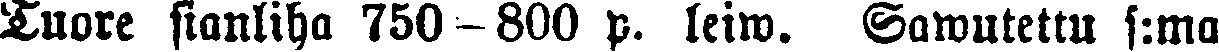
Tuore sianliha 750-800 p. leiw. Sawutettu s:ma